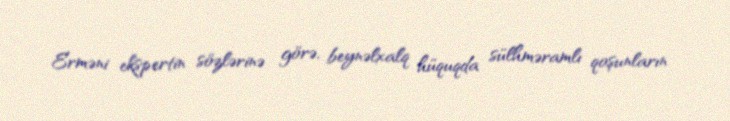
Erməni ekspertin sözlərinə görə, beynəlxalq hüquqda sülhməramlı qoşunların